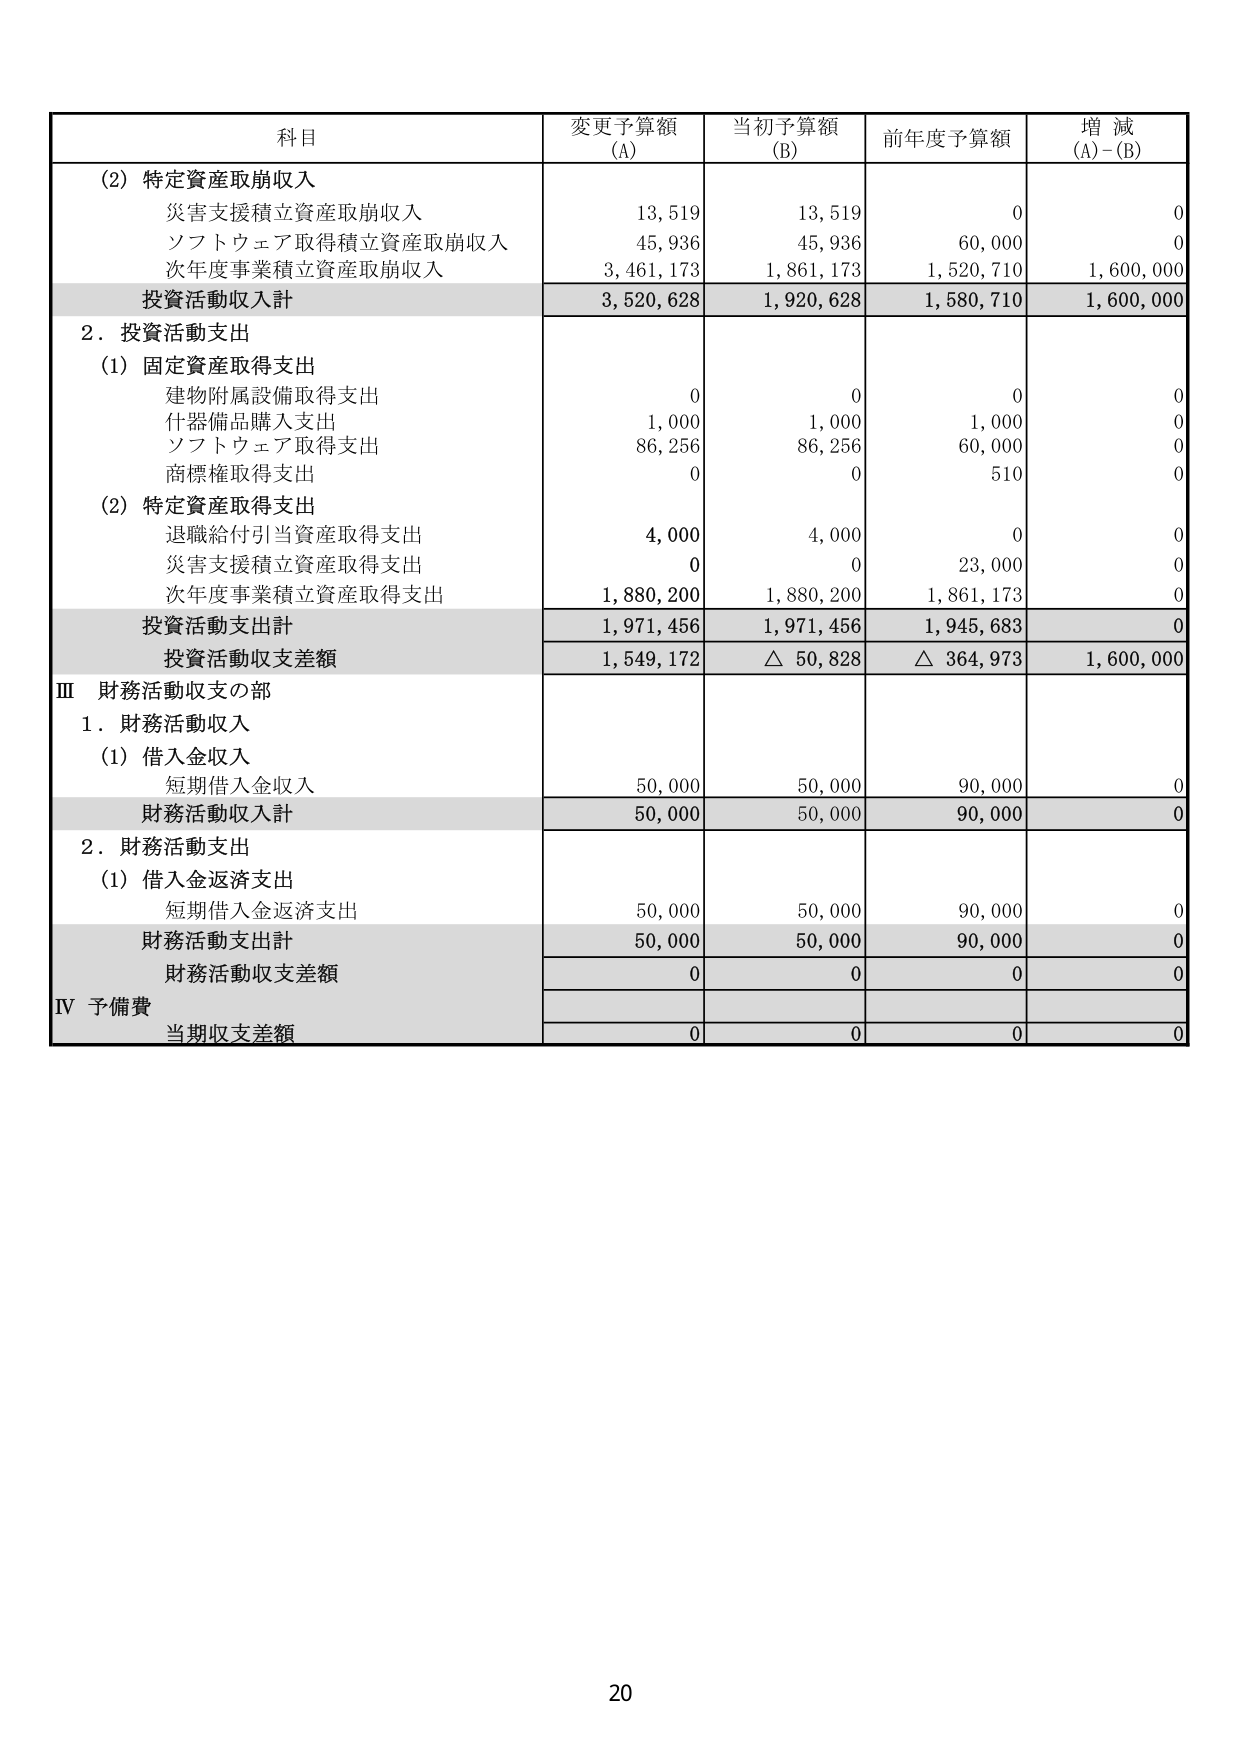
科目 変更予算額 (A) 当初予算額 (B) 前年度予算額 増 減 (A)-(B)
(2) 特定資産取崩収入
　　災害支援積立資産取崩収入 13,519 13,519 0 0
　　ソフトウェア取得積立資産取崩収入 45,936 45,936 60,000 0
　　次年度事業積立資産取崩収入 3,461,173 1,861,173 1,520,710 1,600,000
投資活動収入計 3,520,628 1,920,628 1,580,710 1,600,000
2．投資活動支出
　　(1) 固定資産取得支出
　　　　建物附属設備取得支出 0 0 0 0
　　　　什器備品購入支出 1,000 1,000 1,000 0
　　　　ソフトウェア取得支出 86,256 86,256 60,000 0
　　　　商標権取得支出 0 0 510 0
　　(2) 特定資産取得支出
　　　　退職給付引当資産取得支出 4,000 4,000 0 0
　　　　災害支援積立資産取得支出 0 0 23,000 0
　　　　次年度事業積立資産取得支出 1,880,200 1,880,200 1,861,173 0
投資活動支出計 1,971,456 1,971,456 1,945,683 0
投資活動収支差額 1,549,172 △ 50,828 △ 364,973 1,600,000
Ⅲ 財務活動収支の部
　　1．財務活動収入
　　　　(1) 借入金収入
　　　　　　短期借入金収入 50,000 50,000 90,000 0
財務活動収入計 50,000 50,000 90,000 0
　　2．財務活動支出
　　　　(1) 借入金返済支出
　　　　　　短期借入金返済支出 50,000 50,000 90,000 0
財務活動支出計 50,000 50,000 90,000 0
財務活動収支差額 0 0 0 0
Ⅳ 予備費
　　当期収支差額 0 0 0 0
20